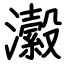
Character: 瀫